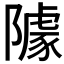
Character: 𨼫